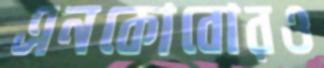
এনকোবোরও